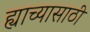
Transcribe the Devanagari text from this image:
ह्याच्यासाठी